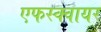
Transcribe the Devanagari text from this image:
एफस्क्वायर